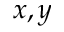
x , y